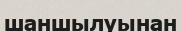
шаншылуынан